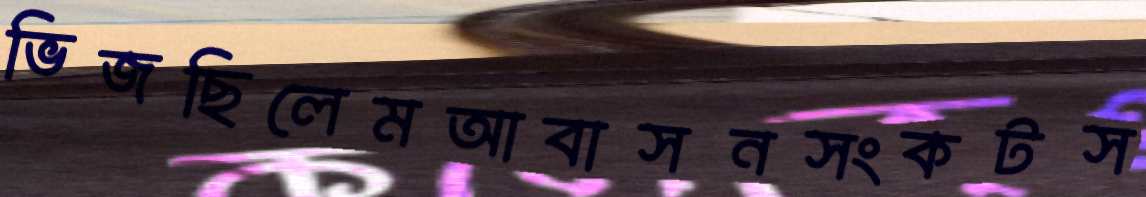
ভিজছিলেমআবাসনসংকটস